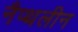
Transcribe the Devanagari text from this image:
नैप्थलीन